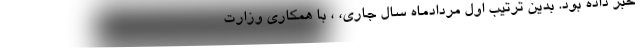
خبر داده بود. بدین ترتیب اول مردادماه سال جاری، ، با همکاری وزارت